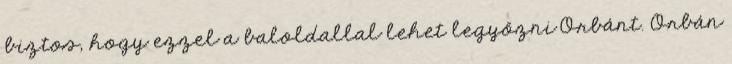
biztos, hogy ezzel a baloldallal lehet legyőzni Orbánt. Orbán